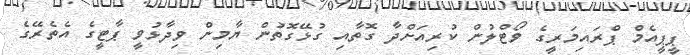
ޕީޕީއެމް ޕްރައިމަރީގެ ވޯޓްލުން ކުރިއަށްދާ ގޮތާއި ގުޅޭގޮތުން ޔާމިން ވިދާޅުވީ ޕާޓީގެ އެތެރޭގެ